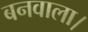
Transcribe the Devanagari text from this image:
बनवाला।